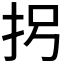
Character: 𪭦